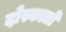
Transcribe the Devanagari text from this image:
दोस्कातों